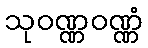
သုဝဏ္ဏဝဏ္ဏံ